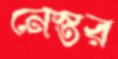
নেস্তর